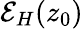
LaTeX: \mathcal{E}_{H}(z_{0})